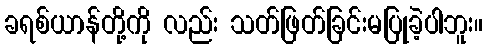
ခရစ်ယာန်တို့ကို လည်း သတ်ဖြတ်ခြင်းမပြုခဲ့ပါဘူး။